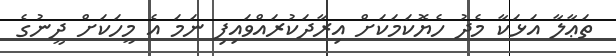
ތަޢާލާ އަޅަކާ މެދު ހެޔޮކަމަކަށް އިރާދަކުރައްވައިފި ނަމަ އެ މީހަކަށް ދީނުގެ